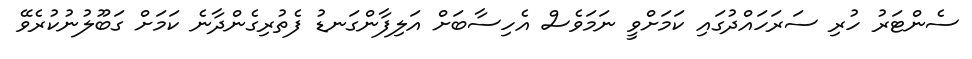
ސެންޓަރު ހުރި ސަރަހައްދުގައި ކަަމަށްވީ ނަމަވެސް އެހިސާބަށް އަލިފާންގަނޑު ފެތުރިގެންދާނެ ކަމަށް ގަބޫލުނުކުރެވޭ